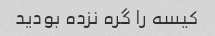
کیسه را گره نزده بودید